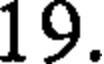
19.